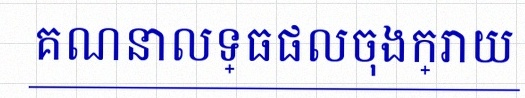
គណនាលទ្ធផលចុងក្រោយ